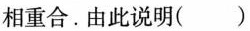
相重合.由此说明()